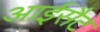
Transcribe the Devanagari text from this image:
आईसैट